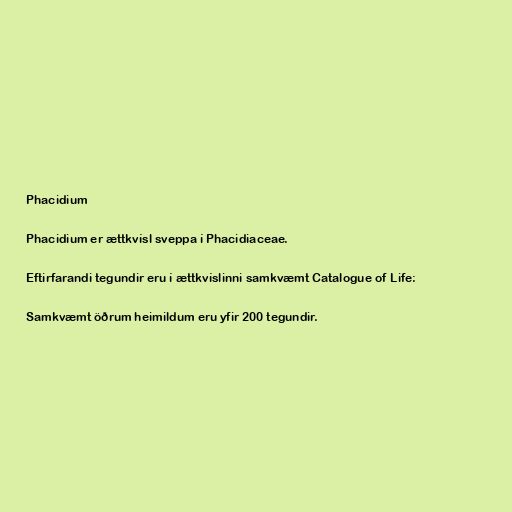
Phacidium

Phacidium er ættkvísl sveppa í Phacidiaceae.

Eftirfarandi tegundir eru í ættkvíslinni samkvæmt Catalogue of Life:

Samkvæmt öðrum heimildum eru yfir 200 tegundir.